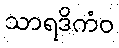
သာရဒိကံဝ